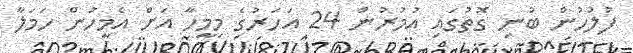
ފުލުހުން ބުނި ގޮތުގައި އުމުރުން 24 އަހަރުގެ މިމީހާ އަށް އެމީހުން ހަމަލާ